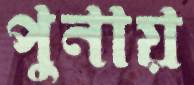
পুনায়